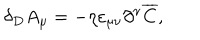
LaTeX: \delta _ { D } A _ { \mu } = - \eta \varepsilon _ { \mu \nu } \partial ^ { \nu } \overline { { C } } ,